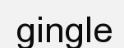
gingle